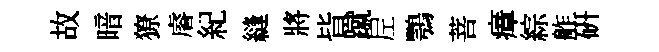
故暗獠𥈠紀縫將𣅜蹴𡰱鶚菩瘴綜舴研